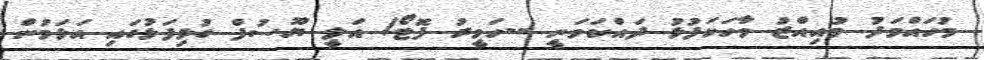
މުހައްމަދު މުއިއްޒު ވާހަކަފުޅު ދައްކަވަނީ --ހަވީރު ފޮޓޯ/ އަލީ ޔޫސުފް ގުޅިފަޅުގައި އަޅަމުން